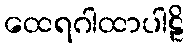
ထေရဂါထာပါဠိ